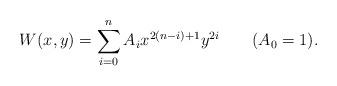
LaTeX: \begin{align*}W(x,y)=\sum_{i=0}^n A_i x^{2(n-i)+1} y^{2i}\qquad(A_0=1).\end{align*}